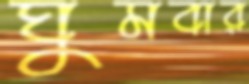
ঘুমবার